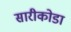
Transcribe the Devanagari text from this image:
सारीकोडा